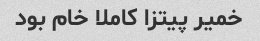
خمیر پیتزا کاملا خام بود